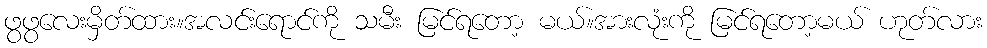
ဖွဖွလေးမှိတ်ထား။အလင်းရောင်ကို သမီး မြင်ရတော့ မယ်။အားလုံးကို မြင်ရတော့မယ် ဟုတ်လား